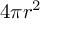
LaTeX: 4 \pi r ^ { 2 }